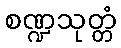
စဏ္ဍသုတ္တံ